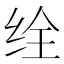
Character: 𬘥